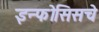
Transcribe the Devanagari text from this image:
इन्फॊसिसचे